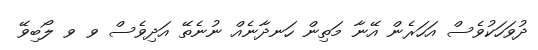
ދުވަހަކުވެސް އަހަރެން އޭނާ މަތިން ހަނދާނެއް ނުނެތޭ އަދިވެސް ވ ވ ލޯބިވޭ